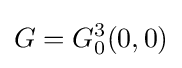
G=G_{0}^{3}(0,0)